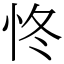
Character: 㤏